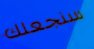
سنجعلك